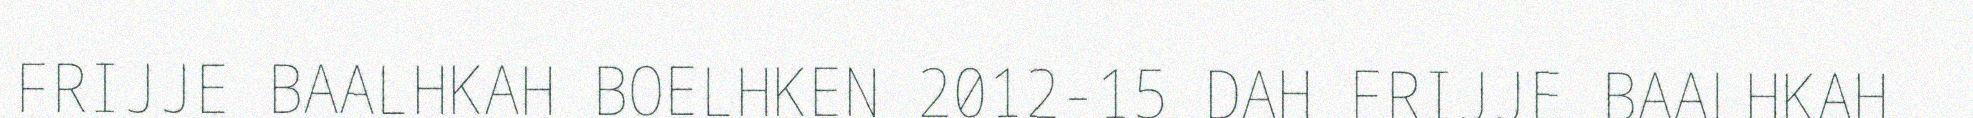
FRIJJE BAALHKAH BOELHKEN 2012-15 DAH FRIJJE BAALHKAH